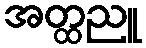
အတ္ထညူ